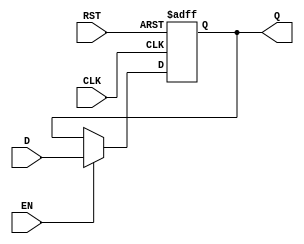
module DataRegister #(parameter WIDTH = 8) (
    input wire [WIDTH-1:0] D,      // Data input
    input wire CLK,                 // Clock signal
    input wire RST,                 // Asynchronous reset signal
    input wire EN,                  // Enable signal
    output reg [WIDTH-1:0] Q        // Data output
);

    // Always block for synchronous behavior with reset
    always @(posedge CLK or posedge RST) begin
        if (RST) begin
            Q <= {WIDTH{1'b0}};       // Initialize output to zero on reset
        end else if (EN) begin
            Q <= D;                   // Capture data on the positive edge of the clock if enabled
        end
        // If EN is low, Q retains its previous value
    end

endmodule